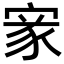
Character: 𡩙